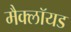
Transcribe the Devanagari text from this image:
मैक्लॉयड